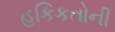
હકિકતોની